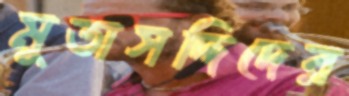
মুতাসদ্দিদের